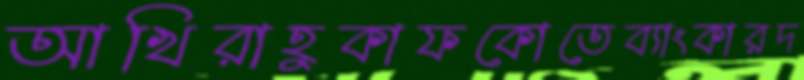
আখিরাহুকাফকোতেব্যাংকারদ